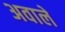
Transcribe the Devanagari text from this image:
अवाले